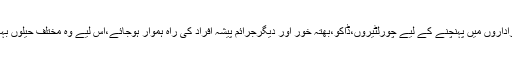
انہوں نے کہاکہ کچھ سازشی عناصر چاہتے ہیں کہ آئین سازاداروں میں پہنچنے کے لیے چورلٹیروں،ڈاکو،بھتہ خور اور دیگرجرائم پیشہ افراد کی راہ ہموار ہوجائے،اس لیے وہ مختلف حیلوں بہانوں سے آئین کے آرٹیکل 62اور63کے خلاف سرگرم ہیں۔